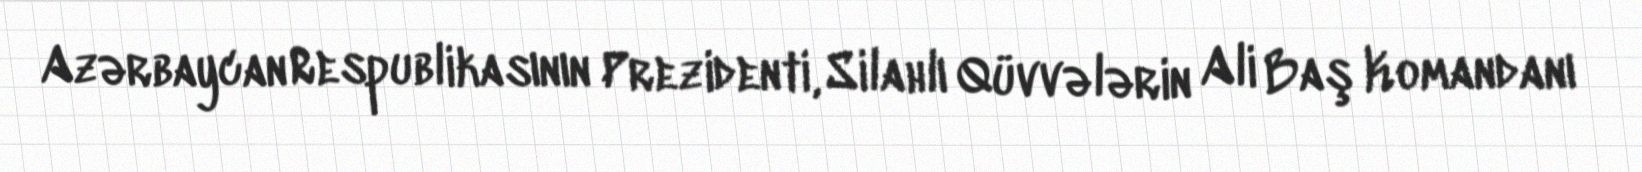
Azərbaycan Respublikasının Prezidenti, Silahlı Qüvvələrin Ali Baş Komandanı